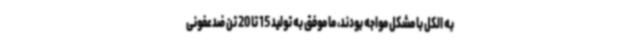
به الکل با مشکل مواجه بودند، ما موفق به تولید 15 تا 20 تن ضدعفونی